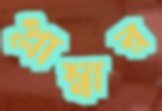
প্লাম্বার